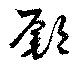
鄽